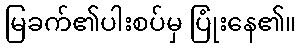
မြခက်၏ပါးစပ်မှ ပြုံးနေ၏။